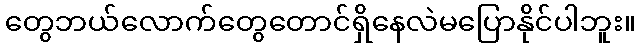
တွေဘယ်လောက်တွေတောင်ရှိနေလဲမပြောနိုင်ပါဘူး။